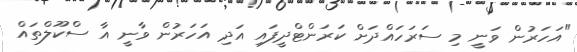
"އަހަރުން ވަނީ މި ސަރަހައްދަށް ކަރަންޓްދީފައި އަދި އަހަރުން ވާނީ އާ ސްކޫލްތައް